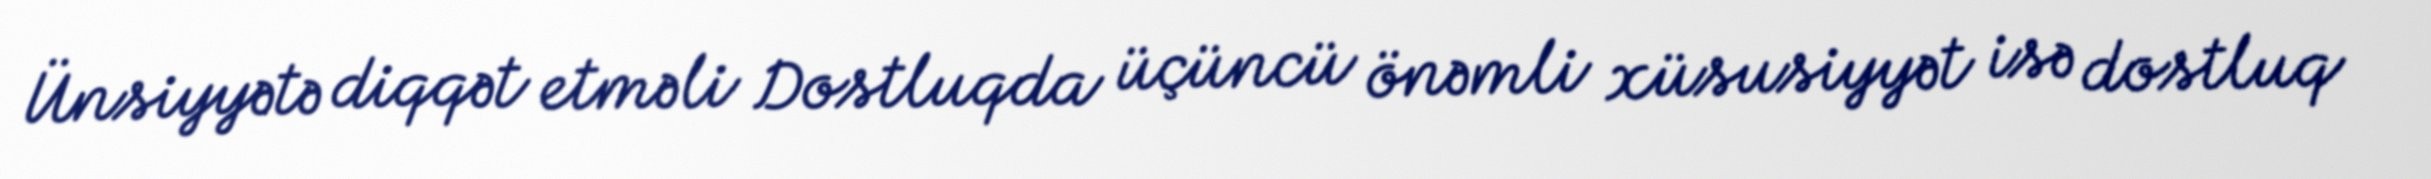
Ünsiyyətə diqqət etməli Dostluqda üçüncü önəmli xüsusiyyət isə dostluq